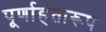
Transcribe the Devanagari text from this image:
पूर्णाहंतारूप